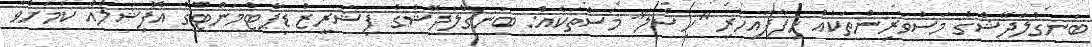
ބަނގްލަދޭޝްގެ މަސްވެރިންތަކެއް ހިފާފައިހުރި "ހިސްލަ" މަސްތަކެއް: ބަނގްލަދޭޝްގެ ފިޝަރީޒް ޑިޕާޓްމަންޓްގެ އޮފިޝަލެއް ކަމަށްވާ